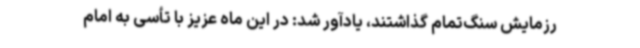
رزمایش سنگ‌تمام گذاشتند، یادآور شد: در این ماه عزیز با تأسی به امام